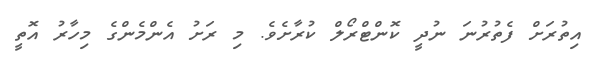
އިތުރަށް ފެތުރުނަ ނުދީ ކޮންޓްރޯލް ކުރާށެވެ. މި ރަށު އެންމެންގެ މިހާރު އޮތީ